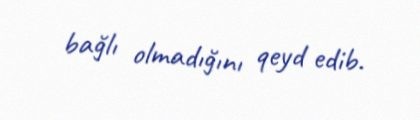
bağlı olmadığını qeyd edib.